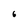
Character: 6